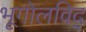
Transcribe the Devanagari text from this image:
भूगोलविद्